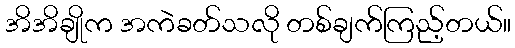
အိအိချိုက အကဲခတ်သလို တစ်ချက်ကြည့်တယ်။